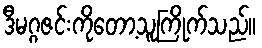
ဒီမဂ္ဂဇင်းကိုတော့သူကြိုက်သည်။